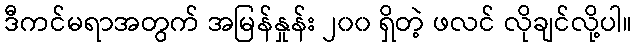
ဒီကင်မရာအတွက် အမြန်နှုန်း ၂၀၀ ရှိတဲ့ ဖလင် လိုချင်လို့ပါ။